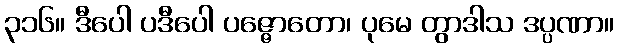
၃၁၆။ ဒီပေါ ပဒီပေါ ပဇ္ဇောတော၊ ပုမေ တွာဒါသ ဒပ္ပဏာ။